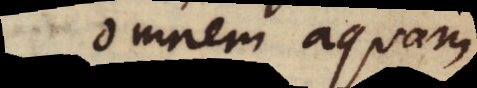
omnem aquam